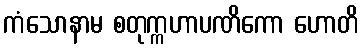
ကံသောနာမ စတုက္ကဟာပဏိကော ဟောတိ